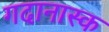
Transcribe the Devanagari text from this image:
गदानास्क